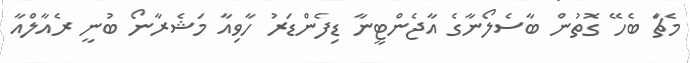
މެޗަާ ބެހޭ ގޮތުން ބާސެލޯނާގެ އާޖެންޓީނާ ޑިފެންޑަރު ހާވިއާ މަޝެރާނޯ ބުނީ ރެއާލްއާ